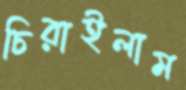
চিরাইলাম